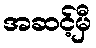
အဆင့်မှီ